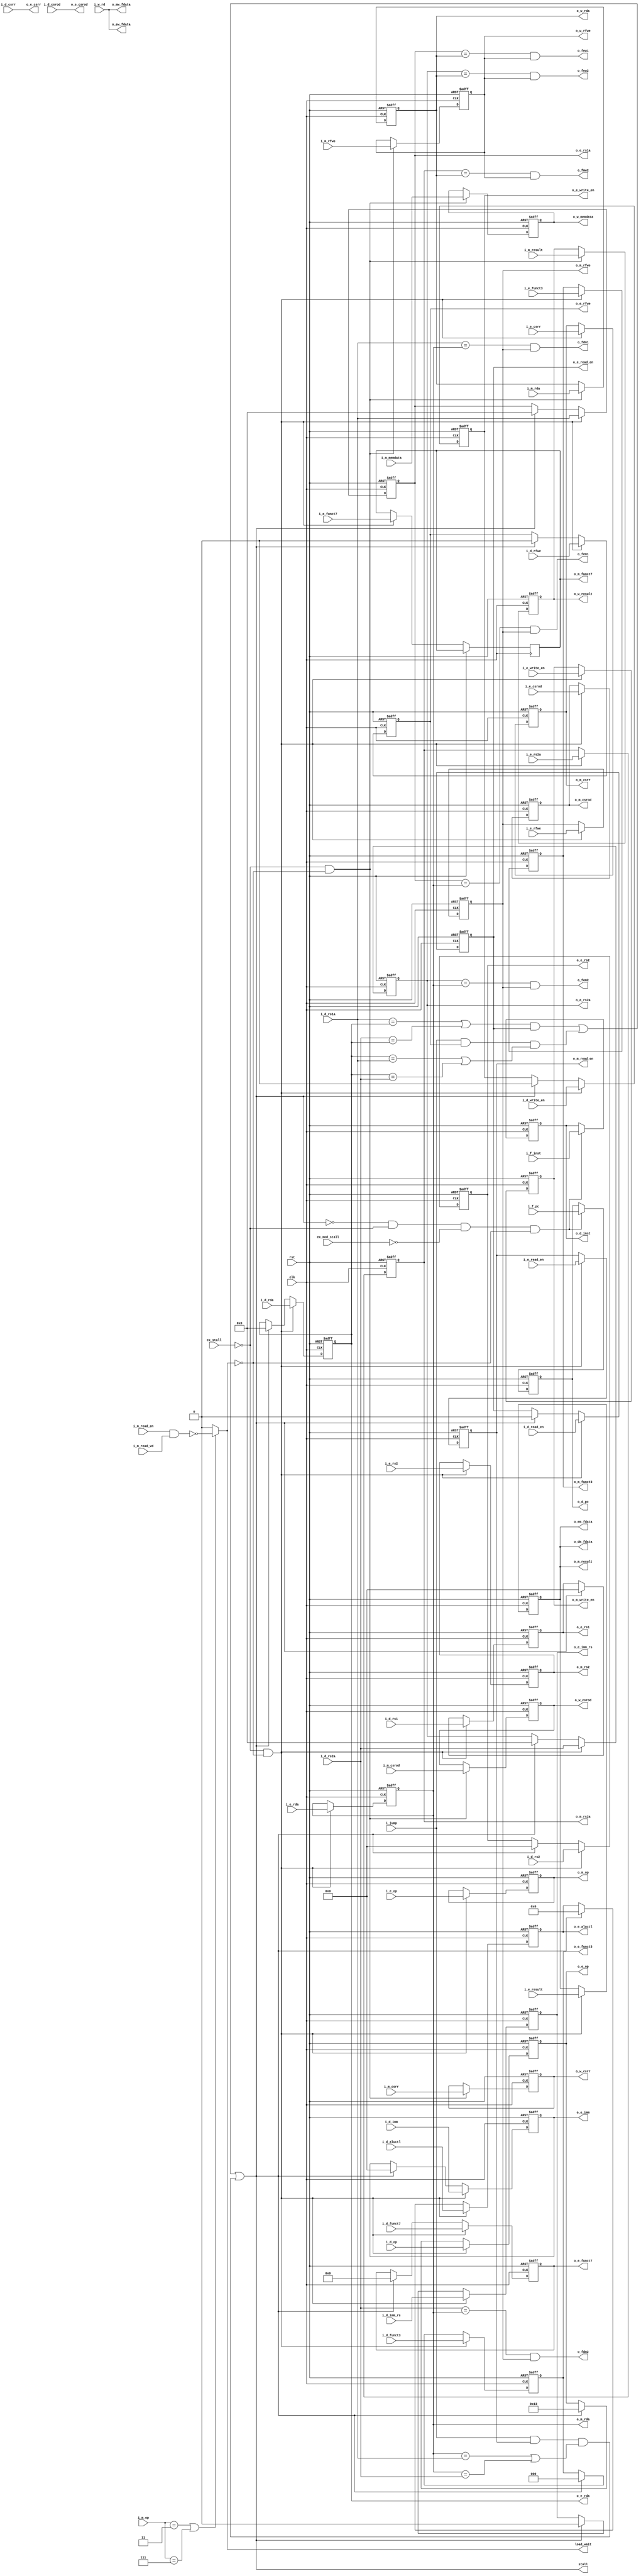
`timescale 1ns / 1ps
module datapath(
	input			clk,
	input			rst,

	input			ex_stall,
	input			ex_mod_stall,

	input			i_jump,

	output			o_fdm1,
	output			o_fdm2,
	output			o_fem1,
	output			o_fem2,
	output			o_few1,
	output			o_few2,
	output			o_fmw2,

	output	[31:0]	o_dm_fdata, o_em_fdata, o_ew_fdata, o_mw_fdata,


	input	[31:0]	i_f_pc,
	input	[31:0]	i_f_inst,
	output	[31:0]	o_d_pc,
	output	[31:0]	o_d_inst,

	input	[6:0]	i_d_op,
	input	[2:0]	i_d_funct3,
	input	[6:0]	i_d_funct7,
	input	[4:0]	i_d_rs1a, i_d_rs2a, i_d_rda,
	input	[31:0]	i_d_rs1, i_d_rs2, i_d_imm,
	input			i_d_rfwe,
	input			i_d_write_en, i_d_read_en,
	input			i_d_csrr,
	input	[31:0]	i_d_csrod,
	output	[6:0]	o_e_op,
	output	[2:0]	o_e_funct3,
	output	[6:0]	o_e_funct7,
	output	[4:0]	o_e_rs1a, o_e_rs2a, o_e_rda,
	output	[31:0]	o_e_rs1, o_e_rs2, o_e_imm,
	output			o_e_rfwe,
	output			o_e_write_en, o_e_read_en,
	output			o_e_csrr,
	output	[31:0]	o_e_csrod,

	input	[3:0]	i_d_aluctl,
	input			i_d_imm_rs,
	output	[3:0]	o_e_aluctl,
	output			o_e_imm_rs,

	input	[6:0]	i_e_op,
	input	[2:0]	i_e_funct3,
	input	[6:0]	i_e_funct7,
	input	[4:0]	i_e_rs2a, i_e_rda,
	input	[31:0]	i_e_rs2, i_e_result,
	input			i_e_rfwe,
	input			i_e_write_en, i_e_read_en,
	input			i_e_csrr,
	input	[31:0]	i_e_csrod,
	output	[6:0]	o_m_op,
	output	[2:0]	o_m_funct3,
	output	[6:0]	o_m_funct7,
	output	[4:0]	o_m_rs2a, o_m_rda,
	output	[31:0]	o_m_rs2, o_m_result,
	output			o_m_rfwe,
	output			o_m_write_en, o_m_read_en,
	output			o_m_csrr,
	output	[31:0]	o_m_csrod,

	input	[6:0]	i_m_op,
	input			i_m_read_en,
	input			i_m_read_vd,
	input	[4:0]	i_m_rda,
	input	[31:0]	i_m_result, i_m_memdata,
	input			i_m_rfwe,
	input			i_m_csrr,
	input	[31:0]	i_m_csrod,
	output	[4:0]	o_w_rda,
	output	[31:0]	o_w_result, o_w_memdata,
	output			o_w_rfwe,
	output			o_w_csrr,
	output	[31:0]	o_w_csrod,

	input	[31:0]	i_w_rd,

	output			load_wait,
	output			stall
);

	// fetch to decode
	reg		[31:0]	r_fd_pc;
	reg		[31:0]	r_fd_inst;

	always @(posedge clk or posedge rst) begin
		if (rst) begin
			r_fd_pc			<=	32'h0;
			r_fd_inst		<=	32'h0;
		end else if (!stall && !ex_stall && !ex_mod_stall && !load_wait) begin
			r_fd_pc			<=	i_f_pc;
			r_fd_inst		<=	i_f_inst;
		end else begin
			r_fd_pc			<=	r_fd_pc;
			r_fd_inst		<=	r_fd_inst;
		end
	end

	assign	o_d_pc		=	r_fd_pc;
	assign	o_d_inst	=	r_fd_inst;

	// decode to execute
	reg		[6:0]	r_de_op;
	reg		[2:0]	r_de_funct3;
	reg		[6:0]	r_de_funct7;
	reg		[4:0]	r_de_rs1a, r_de_rs2a, r_de_rda;
	reg		[31:0]	r_de_rs1, r_de_rs2, r_de_imm;
	reg				r_de_rfwe;
	reg				r_de_write_en, r_de_read_en;

	reg		[3:0]	r_de_aluctl;
	reg				r_de_imm_rs;

	always @(posedge clk or posedge rst) begin
		if (rst) begin
			r_de_op			<=	7'h0;
			r_de_funct3		<=	3'h0;
			r_de_funct7		<=	7'h0;
			r_de_rs1a		<=	5'h0;
			r_de_rs2a		<=	5'h0;
			r_de_rda		<=	5'h0;
			r_de_rs1		<=	32'h0;
			r_de_rs2		<=	32'h0;
			r_de_imm		<=	32'h0;

			r_de_rfwe		<=	1'b0;

			r_de_write_en	<=	1'b0;
			r_de_read_en	<=	1'b0;

			r_de_aluctl		<=	1'b0;
			r_de_imm_rs		<=	1'b0;
		end else if (!ex_stall && !load_wait) begin
			r_de_op			<=	i_d_op;
			r_de_funct3		<=	i_d_funct3;
			r_de_funct7		<=	i_d_funct7;
			r_de_rs1a		<=	i_d_rs1a;
			r_de_rs2a		<=	i_d_rs2a;
			r_de_rda		<=	i_d_rda;
			r_de_rs1		<=	i_d_rs1;
			r_de_rs2		<=	i_d_rs2;
			r_de_imm		<=	i_d_imm;

			r_de_rfwe		<=	i_d_rfwe;

			r_de_write_en	<=	i_d_write_en;
			r_de_read_en	<=	i_d_read_en;

			r_de_aluctl		<=	i_d_aluctl;
			r_de_imm_rs		<=	i_d_imm_rs;
		end else if (stall) begin
			r_de_op			<=	7'h13;
			r_de_funct3		<=	3'h0;
			r_de_funct7		<=	7'h0;
			r_de_rs1a		<=	5'h0;
			r_de_rs2a		<=	5'h0;
			r_de_rda		<=	5'h0;
			r_de_rs1		<=	32'h0;
			r_de_rs2		<=	32'h0;
			r_de_imm		<=	32'h0;

			r_de_rfwe		<=	1'b0;

			r_de_write_en	<=	1'b0;
			r_de_read_en	<=	1'b0;

			r_de_aluctl		<=	1'b0;
			r_de_imm_rs		<=	1'b0;
		end else begin
			r_de_op			<=	r_de_op;
			r_de_funct3		<=	r_de_funct3;
			r_de_funct7		<=	r_de_funct7;
			r_de_rs1a		<=	r_de_rs1a;
			r_de_rs2a		<=	r_de_rs2a;
			r_de_rda		<=	r_de_rda;
			r_de_rs1		<=	r_de_rs1;
			r_de_rs2		<=	r_de_rs2;
			r_de_imm		<=	r_de_imm;

			r_de_rfwe		<=	r_de_rfwe;

			r_de_write_en	<=	r_de_write_en;
			r_de_read_en	<=	r_de_read_en;

			r_de_aluctl		<=	r_de_aluctl;
			r_de_imm_rs		<=	r_de_imm_rs;
		end
	end

	assign	o_e_op			=	r_de_op;
	assign	o_e_funct3		=	r_de_funct3;
	assign	o_e_funct7		=	r_de_funct7;

	assign	o_e_rs1a		=	r_de_rs1a;
	assign	o_e_rs2a		=	r_de_rs2a;
	assign	o_e_rda			=	r_de_rda;
	assign	o_e_rs1			=	r_de_rs1;
	assign	o_e_rs2			=	r_de_rs2;
	assign	o_e_imm			=	r_de_imm;
	assign	o_e_rfwe		=	r_de_rfwe;
	assign	o_e_aluctl		=	r_de_aluctl;
	assign	o_e_imm_rs		=	r_de_imm_rs;
	assign	o_e_write_en	=	r_de_write_en;
	assign	o_e_read_en		=	r_de_read_en;

	assign	o_e_csrod		=	i_d_csrod;
	assign	o_e_csrr		=	i_d_csrr;

	// execute to memory access
	reg		[6:0]	r_em_op;
	reg		[2:0]	r_em_funct3;
	reg		[6:0]	r_em_funct7;
	reg		[4:0]	r_em_rs2a, r_em_rda;
	reg		[31:0]	r_em_rs2, r_em_result;
	reg				r_em_rfwe;
	reg				r_em_write_en, r_em_read_en;

	reg		[31:0]	r_em_csrod;
	reg				r_em_csrr;

	always @(posedge clk or posedge rst) begin
		if (rst) begin
			r_em_op			<=	7'h0;
			r_em_funct3		<=	3'h0;
			r_em_rs2a		<=	5'h0;
			r_em_rda		<=	5'h0;
			r_em_rs2		<=	32'h0;
			r_em_result		<=	32'h0;
			r_em_rfwe		<=	1'b0;
			r_em_write_en	<=	1'b0;
			r_em_read_en	<=	1'b0;

			r_em_csrod		<=	32'h0;
			r_em_csrr		<=	1'b0;
		end else if (!ex_stall && !load_wait) begin
			r_em_op			<=	i_e_op;
			r_em_funct3		<=	i_e_funct3;
			r_em_funct7		<=	i_e_funct7;
			r_em_rs2a		<=	i_e_rs2a;
			r_em_rda		<=	i_e_rda;
			r_em_rs2		<=	i_e_rs2;
			r_em_result		<=	i_e_result;
			r_em_rfwe		<=	i_e_rfwe;
			r_em_write_en	<=	i_e_write_en;
			r_em_read_en	<=	i_e_read_en;

			r_em_csrod		<=	i_e_csrod;
			r_em_csrr		<=	i_e_csrr;
		end else begin
			r_em_op			<=	r_em_op;
			r_em_funct3		<=	r_em_funct3;
			r_em_funct7		<=	r_em_funct7;
			r_em_rs2a		<=	r_em_rs2a;
			r_em_rda		<=	r_em_rda;
			r_em_rs2		<=	r_em_rs2;
			r_em_result		<=	r_em_result;
			r_em_rfwe		<=	r_em_rfwe;
			r_em_write_en	<=	r_em_write_en;
			r_em_read_en	<=	r_em_read_en;

			r_em_csrod		<=	r_em_csrod;
			r_em_csrr		<=	r_em_csrr;
		end
	end

	assign	o_m_op			=	r_em_op;
	assign	o_m_funct3		=	r_em_funct3;
	assign	o_m_funct7		=	r_em_funct7;

	assign	o_m_rs2a		=	r_em_rs2a;
	assign	o_m_rda			=	r_em_rda;
	assign	o_m_rs2			=	r_em_rs2;
	assign	o_m_result		=	r_em_result;
	assign	o_m_rfwe		=	r_em_rfwe;
	assign	o_m_write_en	=	r_em_write_en;
	assign	o_m_read_en		=	r_em_read_en;

	assign	o_m_csrod		=	r_em_csrod;
	assign	o_m_csrr		=	r_em_csrr;

	// memory access to write back
	reg		[4:0]	r_mw_rda;
	reg		[31:0]	r_mw_result, r_mw_memdata;
	reg				r_mw_rfwe;

	reg		[31:0]	r_mw_csrod;
	reg				r_mw_csrr;

	always @(negedge clk or posedge rst) begin
		if (rst) begin
			r_mw_rda		<=	5'h0;
			r_mw_result		<=	32'h0;
			r_mw_memdata	<=	32'h0;
			r_mw_rfwe		<=	1'b0;

			r_mw_csrod		<=	32'h0;
			r_mw_csrr		<=	1'b0;
		end else if (!ex_stall & !load_wait) begin
			r_mw_rda		<=	i_m_rda;
			r_mw_result		<=	i_m_result;
			r_mw_memdata	<=	i_m_memdata;
			r_mw_rfwe		<=	i_m_rfwe;

			r_mw_csrod		<=	i_m_csrod;
			r_mw_csrr		<=	i_m_csrr;
		end else begin
			r_mw_rda		<=	r_mw_rda;
			r_mw_result		<=	r_mw_result;
			r_mw_memdata	<=	r_mw_memdata;
			r_mw_rfwe		<=	r_mw_rfwe;

			r_mw_csrod		<=	r_mw_csrod;
			r_mw_csrr		<=	r_mw_csrr;
		end
	end

	assign	o_w_rda		=	r_mw_rda;
	assign	o_w_result	=	r_mw_result;
	assign	o_w_memdata	=	r_mw_memdata;
	assign	o_w_rfwe	=	r_mw_rfwe;

	assign	o_w_csrod	=	r_mw_csrod;
	assign	o_w_csrr	=	r_mw_csrr;

	assign	o_fdm1		=	(i_d_rs1a == r_em_rda) && r_em_rfwe;
	assign	o_fdm2		=	(i_d_rs2a == r_em_rda) && r_em_rfwe;
	assign	o_fem1		=	(r_de_rs1a == r_em_rda) && r_em_rfwe;
	assign	o_fem2		=	(r_de_rs2a == r_em_rda) && r_em_rfwe;
	assign	o_few1		=	(r_de_rs1a == r_mw_rda) && r_mw_rfwe;
	assign	o_few2		=	(r_de_rs2a == r_mw_rda) && r_mw_rfwe;
	assign	o_fmw2		=	(r_em_rs2a == r_mw_rda) && r_mw_rfwe;

	assign	o_dm_fdata	=	r_em_result;
	assign	o_em_fdata	=	r_em_result;
	assign	o_ew_fdata	=	i_w_rd;
	assign	o_mw_fdata	=	i_w_rd;

	// stall function
	//							standard load			vec or float load 
	assign	load_wait	=	(i_m_op == 7'b0000011 || i_m_op == 7'b0000111) ? !(i_m_read_en && i_m_read_vd) : 0;

	assign	stall 	=	(((i_d_rs1a == r_de_rda) || (i_d_rs2a == r_de_rda)) && r_de_read_en) || // memory load stall
						(i_jump && r_de_rfwe && (r_de_rda == i_d_rs1a || r_de_rda == i_d_rs2a)) || // branch stall
						(i_jump && r_em_read_en && (r_em_rda == i_d_rs1a || r_em_rda == i_d_rs2a));

endmodule